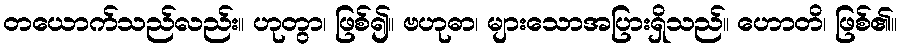
တယောက်သည်လည်း။ ဟုတွာ၊ ဖြစ်၍။ ဗဟုဓာ၊ များသောအပြားရှိသည်။ ဟောတိ၊ ဖြစ်၏။